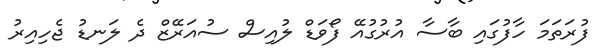
ފުރަތަމަ ހާފުގައި ބާސާ އުރުގުއޭ ފޯވަޑް ލުއިސް ސުއަރޭޒް ދެ ލަނޑު ޖެހިއިރު